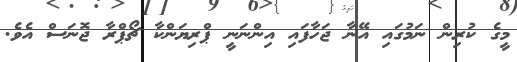
މީގެ ކުރިން ނަމުގައި އޭނާ ޖަހާފައި އިންނަނީ ޕްރިޔަންކާ ޗޯޕްރާ ޖޮނަސް އެވެ.